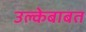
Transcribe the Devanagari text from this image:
उल्केबाबत